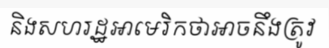
និងសហរដ្ឋអាមេរិកថាអាចនឹងត្រូវ